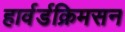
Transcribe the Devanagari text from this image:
हार्वर्डक्रिमसन